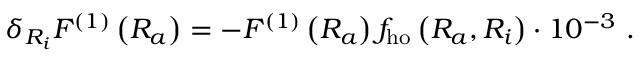
\delta _ { R _ { i } } F ^ { ( 1 ) } \left( R _ { a } \right) = - F ^ { ( 1 ) } \left( R _ { a } \right) f _ { \mathrm { h o } } \left( R _ { a } , R _ { i } \right) \cdot 1 0 ^ { - 3 } \ .